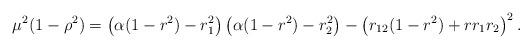
LaTeX: \begin{align*}\mu^{2}(1-\rho^{2}) &= \left( \alpha(1-r^{2})-r_{1}^{2} \right)\left( \alpha(1-r^{2})-r_{2}^{2} \right)-\left( r_{12}(1-r^{2})+rr_{1}r_{2}\right)^{2}.\end{align*}